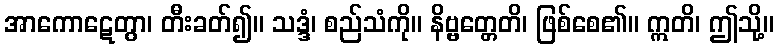
အာကောဋေတွာ၊ တီးခတ်၍။ သဒ္ဒံ၊ စည်သံကို။ နိဗ္ဗတ္တေတိ၊ ဖြစ်စေ၏။ ဣတိ၊ ဤသို့။